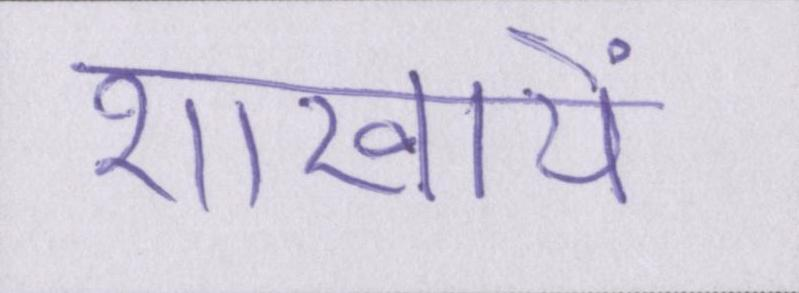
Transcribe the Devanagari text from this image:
शाखायें